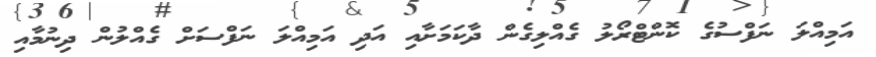
އަމިއްލަ ނަފްސުގެ ކޮންޓްރޯލު ގެއްލިގެން ދާކަމަށާއި އަދި އަމިއްލަ ނަފްސަށް ގެއްލުން ދިނުމާއި